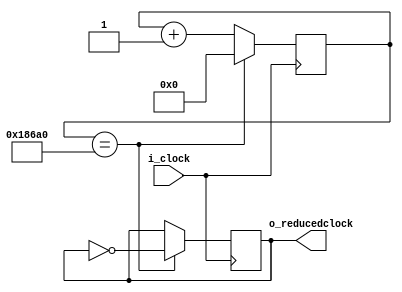
module FrequencyDivisor (
    input i_clock,
    output reg o_reducedclock
);

reg [31:0] state;

initial begin
    state = 0;
    o_reducedclock = 0;
end

always @ (posedge i_clock) begin
    
    if (state == 100000) begin
      state <= 0;
      o_reducedclock <= ~o_reducedclock;
    end else begin
      state <= state + 1;
    end
    
end

endmodule